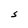
Character: S